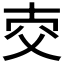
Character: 𤕐